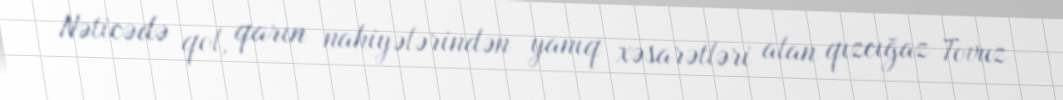
Nəticədə qol, qarın nahiyələrindən yanıq xəsarətləri alan qızcığaz Tovuz